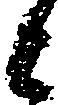
と